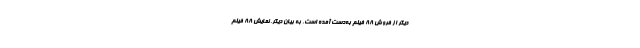
دیگر از فروش ۸۸ فیلم به‌دست آمده است. به بیان دیگر، نمایش ۸۸ فیلم